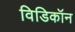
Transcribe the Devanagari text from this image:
विडिकॉन